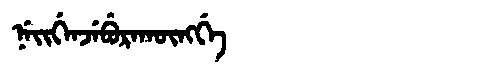
Manchu: ᠨᡝᡳᡤᡝᠨᠵᡝᠪᡠᡵᠠᡴᡡᠩᡤᡝ
Romanization: NEIGENJEBURAKŪNGGE